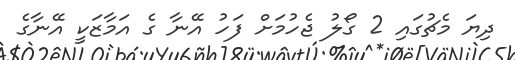
ދިޔަ މެޗުގައި 2 ގޯލު ޖެހުމަށް ފަހު އޭނާ ގެ އަމާޒަކީ އޭނާގެ